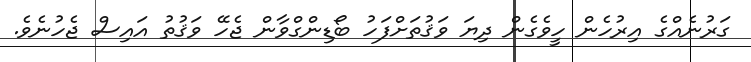
ގަރުނެއްގެ އިރުހެން ހީވެގެން ދިޔަ ވަޤުތަށްފަހު ބޯޑިންގްވާން ޖެހޭ ވަޤުތު އައިސް ޖެހުނެވެ.